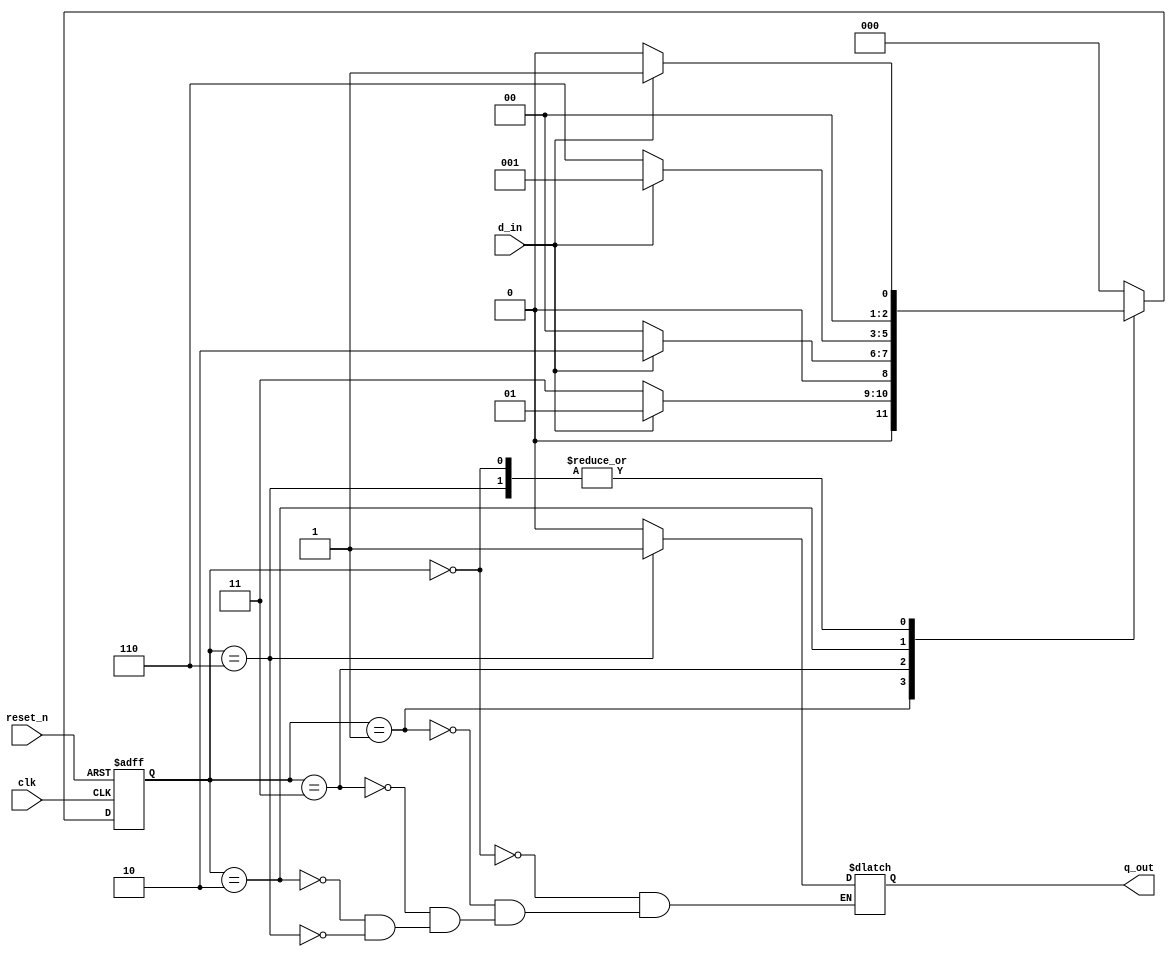
`timescale 1ns / 1ps
//////////////////////////////////////////////////////////////////////////////////
// Company: 
// Engineer: 
// 
// Design Name: 
// Module Name: lab72_1010_seq_moore_fsm
// Project Name: 
// Target Devices: 
// Tool Versions: 
// Description: 
// 
// Dependencies: 
// 
// Revision:
// Revision 0.01 - File Created
// Additional Comments:
// 
//////////////////////////////////////////////////////////////////////////////////


module lab72_1010_seq_moore_fsm
        (
                        input d_in, clk,reset_n,
                        output reg q_out                     
        );
parameter s0=3'b000, s1 = 3'b001, s2=3'b011, s3 = 3'b010, s4=3'b110;      // grey coding sequence
reg [2:0] present_state, next_state;

//memory elemnt is created for present state as output
always @(posedge clk or negedge reset_n)
begin
    if(!reset_n)
        present_state <= s0;
    else
        present_state <= next_state;
end
        
// input combo logic (next state)
always @(*)
begin
    case(present_state)
    s0 :    begin
            if(d_in)
                next_state = s1 ;
            else
                next_state = s0;
            end
    s1 :    begin
            if(~d_in)
                next_state = s2 ;
            else
                next_state = s1;
            end
    s2 :    begin
            if(d_in)
                next_state = s3 ;
            else
                next_state = s0;
            end
    s3 :    begin
            if(~d_in)
                next_state = s4 ;
            else
                next_state = s1;
            end
    s4 :    
            begin
            if(d_in)
                next_state = s1 ;
            else
                next_state = s0;
            end
    default :    
            next_state = s0;
    endcase
end


// output combo logic
always @(*)
begin
   case(present_state)
   s0: q_out = 1'b0 ;
   s1: q_out = 1'b0 ;
   s2: q_out = 1'b0 ;
   s3: q_out = 1'b0 ;
   s4: q_out = 1'b1 ;
  // default : q_out = 1'b0;
   endcase
end

endmodule